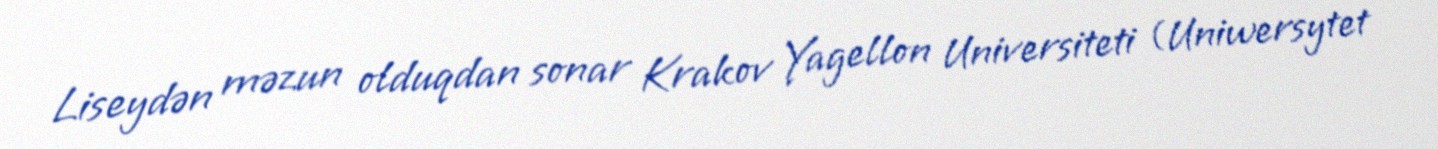
Liseydən məzun olduqdan sonar Krakov Yagellon Universiteti (Uniwersytet